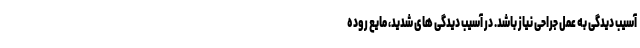
آسیب دیدگی به عمل جراحی نیاز باشد. در آسیب دیدگی های شدید، مایع روده